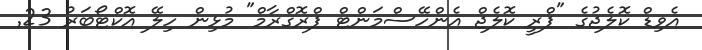
އެވިޑް ކޮލެޖުގެ "ޕްރީ ކޮލެޖް އެންހޭސްމަންޓް ޕްރޮގްރާމް" މުޅިން ހިލޭ އޮކްޓޯބަރު 23